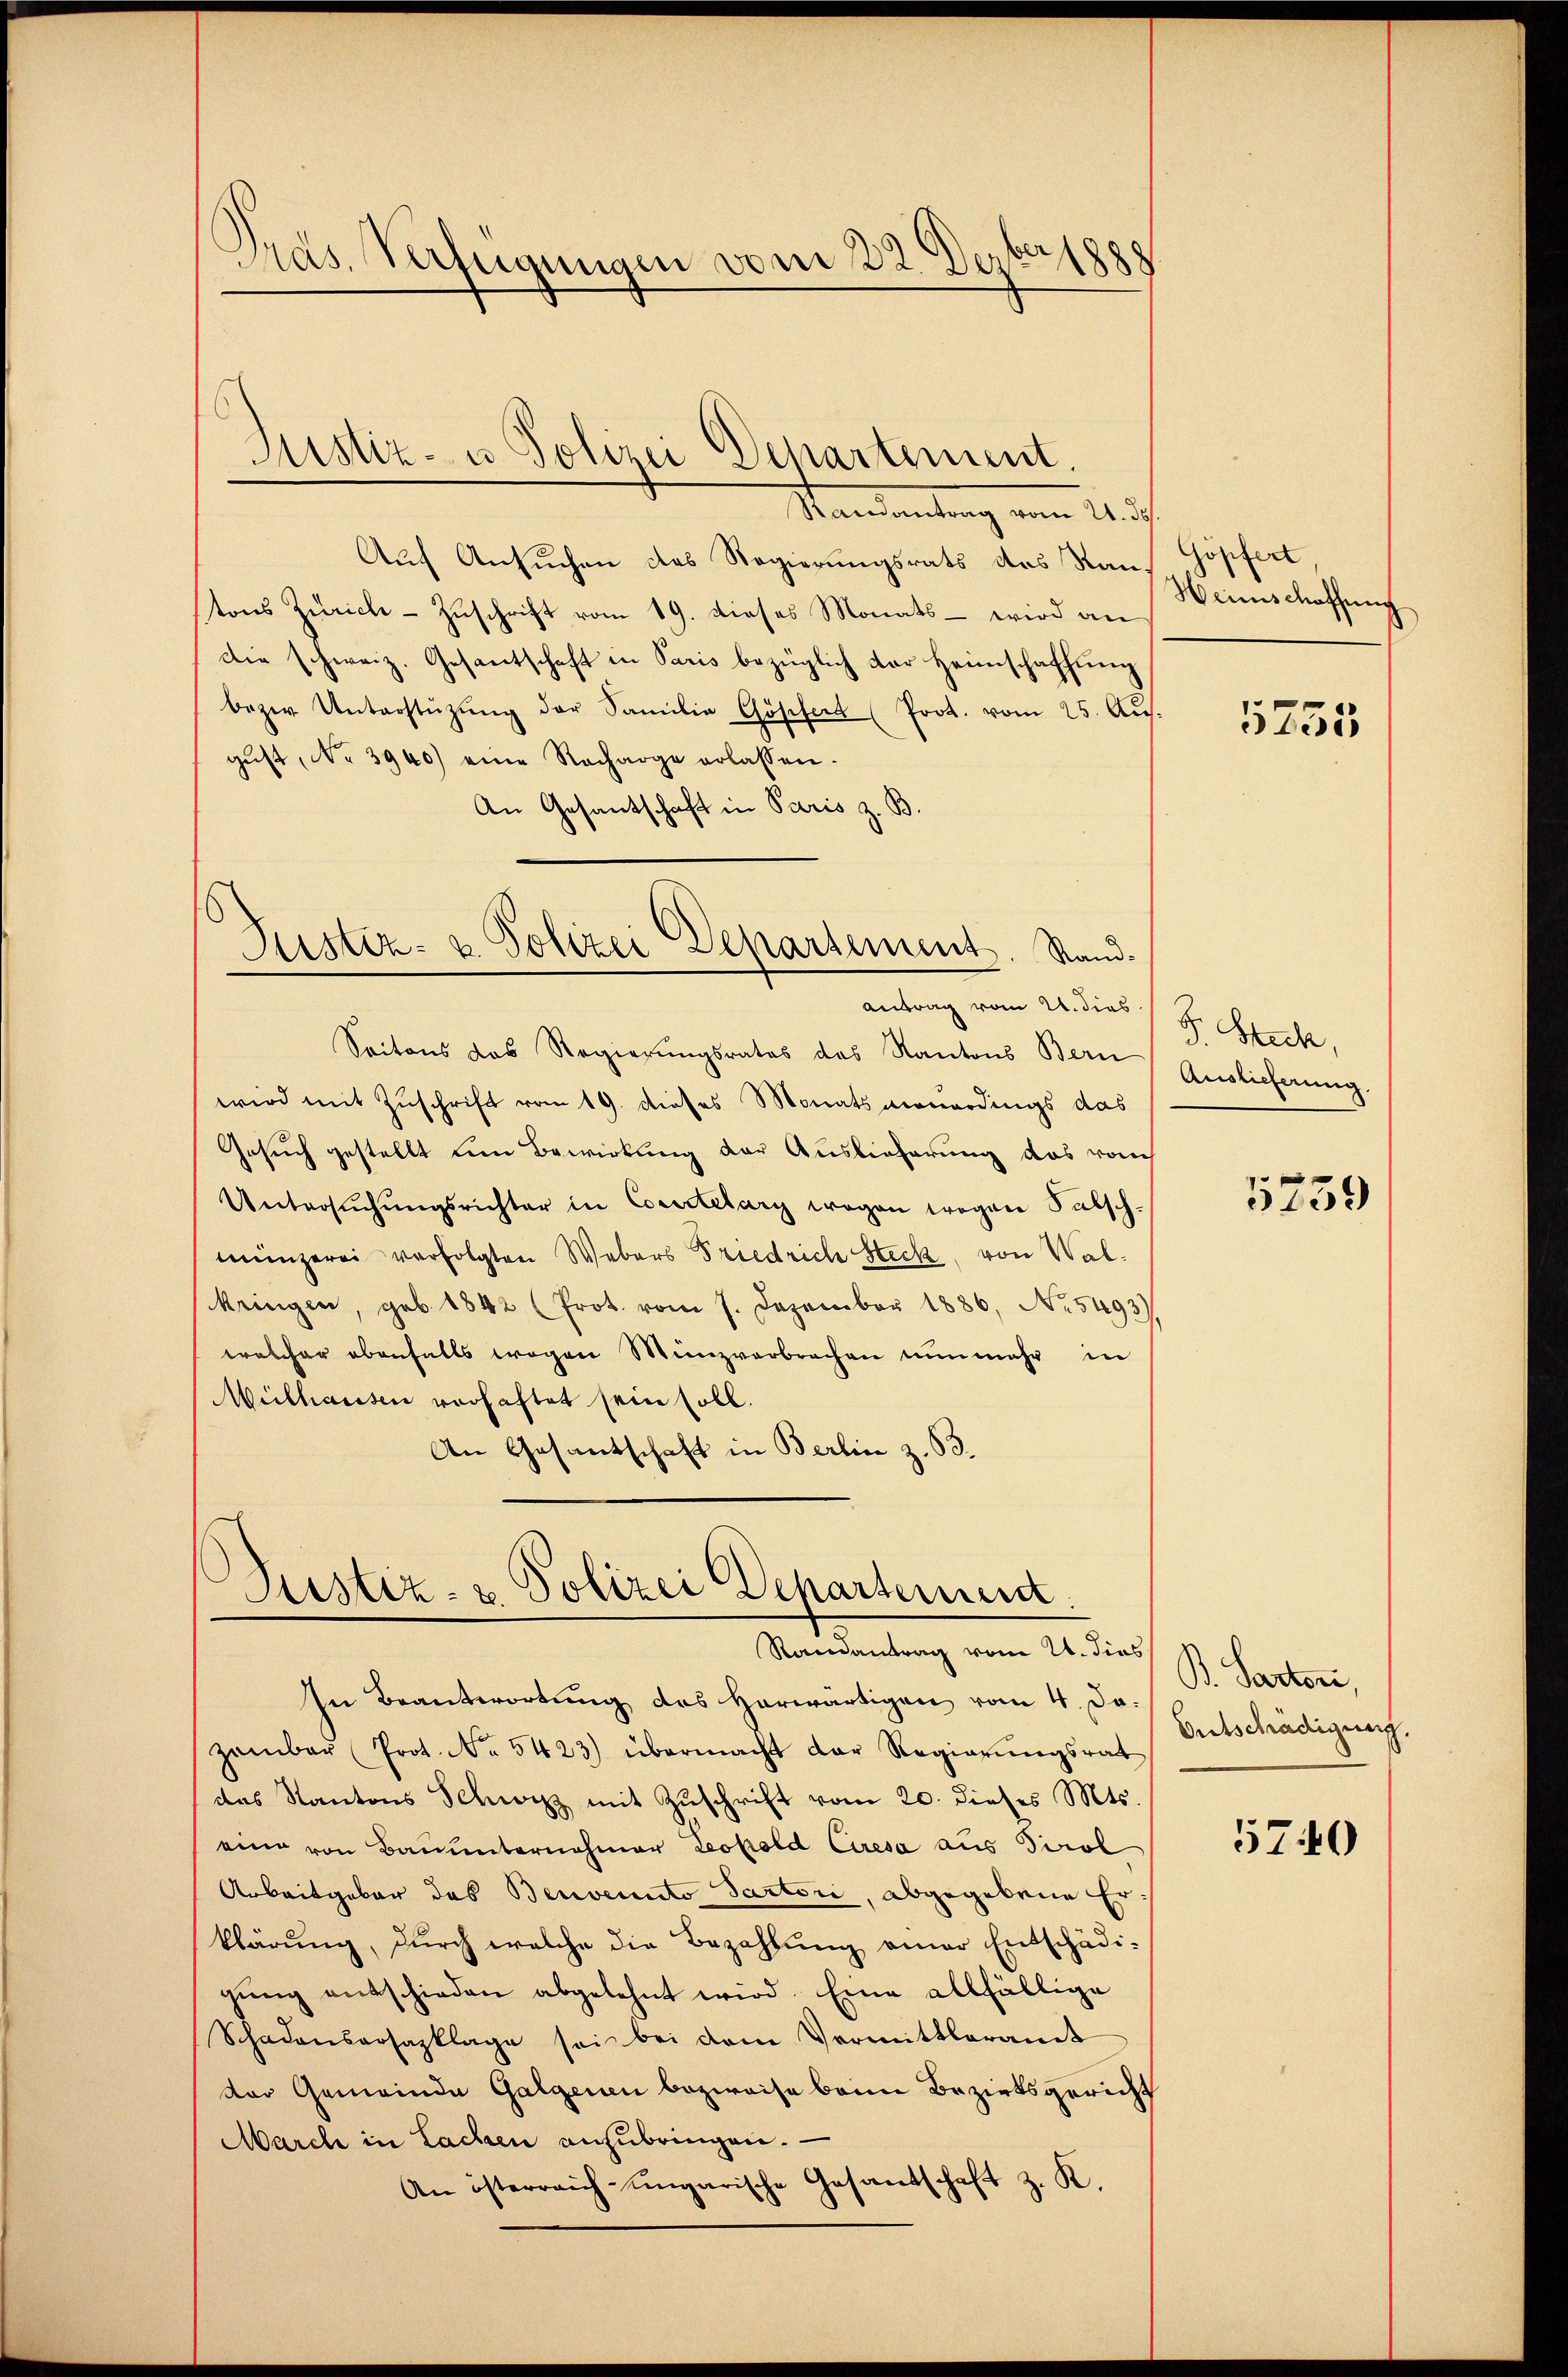
Pras. Verfügungen vom 22. Dezbr 1888.

Randantrag vom 24. ds.
Auf Ansuchen des Regierungsrats des Rau, Göpfert
tons Zürich - Zŭschrift vom 19. dieses Monats - wird an
die schweiz. Gesantschaft in Paris bezüglich der Heimschaffung
bezw. Unterstützŭng der Familie Gössert (Prot. vom 25. Aŭs.
gŭst No 3940) eine Recharge erlassen.
An Gesantschaft in Paris z. B.

Justiz- u. Polizei Departement.

Justiz- & Polizei Departement. Stand.
antrag vom 21. dies

Justiz- & Polizei Departement
Randantrag vom 21. dies

Saitons das Regierungsrates des Kantons Bern
wird mit Zuschrift vom 19. dieses Monats neuerdings das
Gesuch gestellt um Bewirkung der Auslieferung das vom
Untersŭchŭngsrichter in Courtelary wegen wegen Salsch-
münzerei verfolgten Webers Friedrich Steck, von Wal¬
Mringen, geb. 1842 (Prot. vom 7. Dezember 1886, No. 5493)
welcher ebenfalls wegen Münzverbrachen nunmehr in
Mülhausen verhaftet sein soll.
An Gesandschaft in Berlin z. 63.

In Beantwortung des herwärtigen vom 4. Ja.
zambar (Prot. No. 5423) übermacht der Regierŭngsrat
das Kantons Schwitz mit Zŭschrift vom 20. dieses Mts.
eine von Bauunternehmer Leopold Ceresa aus Tirol
Arbeitgebar das Benvenuto Partori, abgegebene Erklärung, durch welche die Bezahlŭng einer Entschädigŭng entschieden abgelehnt wird. Eine allfällige
Schadensersazklage sei bei dem Vermittleramt
der Gemeinde Galgenen bezweise beim Bezirksgericht
March in Lachen anzubringen.
An österreich-ungarische Gesandschaft z. K.

Weinschaffung

5755

F. Stich,
Auslieferung.

5739

B. Parten,
Ontschädigung.

5740